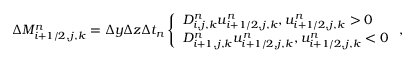
\begin{array} { r } { \Delta M _ { i + 1 / 2 , j , k } ^ { n } = \Delta y \Delta z \Delta t _ { n } \left\{ \begin{array} { l l } { D _ { i , j , k } ^ { n } u _ { i + 1 / 2 , j , k } ^ { n } , u _ { i + 1 / 2 , j , k } ^ { n } > 0 } \\ { D _ { i + 1 , j , k } ^ { n } u _ { i + 1 / 2 , j , k } ^ { n } , u _ { i + 1 / 2 , j , k } ^ { n } < 0 } \end{array} \right. , } \end{array}